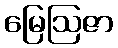
မြေဩဇာ